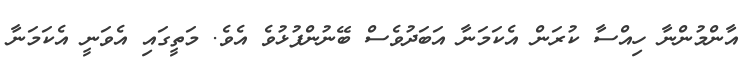
އާންމުންނާ ހިއްސާ ކުރަން އެކަމަނާ އަބަދުވެސް ބޭނުންފުޅުވެ އެވެ. މަތީގައި އެވަނީ އެކަމަނާ